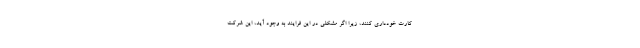
کارت خودداری کنند، زیرا اگر مشکلی در این فرایند به وجود آید، این شرکت